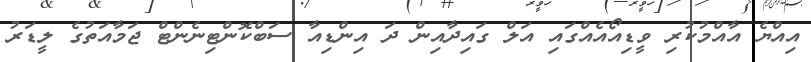
އިއްޔެ އާއްމުކުރި ވީޑިއޯއެއްގައި އަލް ގައިދާއިން ދަ އިންޑިއާ ސަބްކޮންޓިނެންޓް ޖަމާއަތުގެ ލީޑަރު